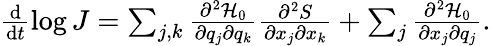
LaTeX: \begin{array}{r}{\frac{\mathrm{d}}{\mathrm{d}t}\log{J}=\sum_{j,k}\frac{\partial^{2}\mathcal{H}_{0}}{\partial q_{j}\partial q_{k}}\frac{\partial^{2}S}{\partial x_{j}\partial x_{k}}+\sum_{j}\frac{\partial^{2}\mathcal{H}_{0}}{\partial x_{j}\partial q_{j}}.}\end{array}